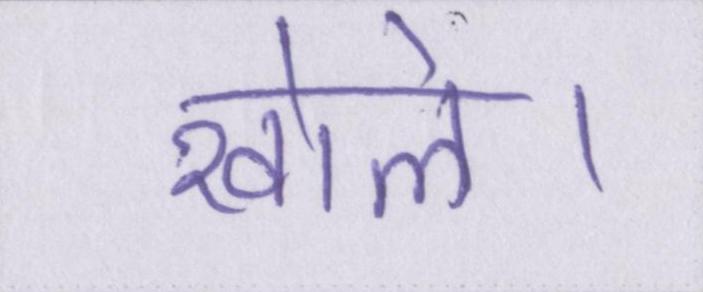
खोले।